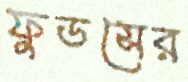
ফুডসের